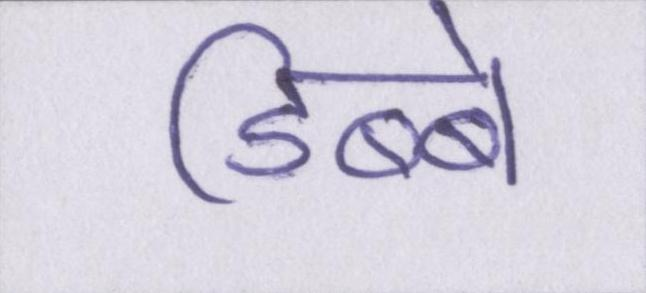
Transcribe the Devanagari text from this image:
डिब्बे